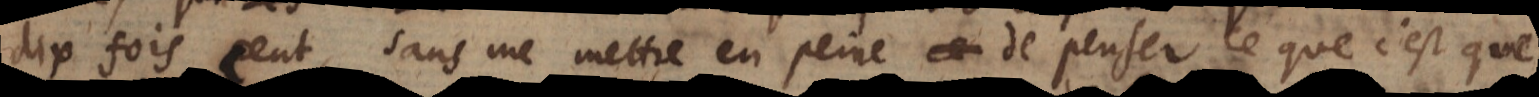
dix fois cent, sans me mettre en peine de penser ce que c’est que